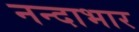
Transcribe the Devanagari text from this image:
नन्दाभार